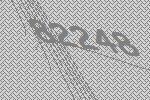
82248